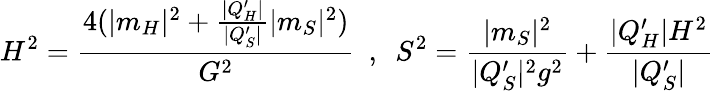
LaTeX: H^{2}={\frac{4(|m_{H}|^{2}+{\frac{|Q_{H}^{\prime}|}{|Q_{S}^{\prime}|}}|m_{S}|^{2})}{G^{2}}}\ \ ,\ \ S^{2}={\frac{|m_{S}|^{2}}{|Q_{S}^{\prime}|^{2}g^{2}}}+{\frac{|Q_{H}^{\prime}|H^{2}}{|Q_{S}^{\prime}|}}